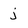
Character: j